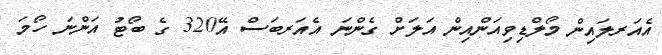
އެއަރލައިން މޯލްޑިވިއަންއިން އަލަށް ގެންނަ އެއަރބަސް އޭ320 ގެ ބޯޓު އަންނަ ހޯމަ